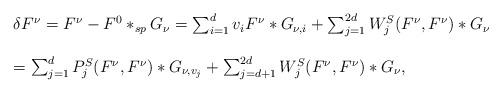
LaTeX: \begin{align*}\begin{array}{ll}\delta F^{\nu}=F^{\nu}-F^0\ast_{sp}G_{\nu}=\sum_{i=1}^dv_iF^{\nu}\ast G_{\nu,i}+\sum_{j=1}^{2d}W^S_j(F^{\nu},F^{\nu})\ast G_{\nu}\\\\=\sum_{j=1}^dP^S_j(F^{\nu},F^{\nu})\ast G_{\nu,v_j}+\sum_{j=d+1}^{2d}W^S_j(F^{\nu},F^{\nu})\ast G_{\nu},\end{array}\end{align*}